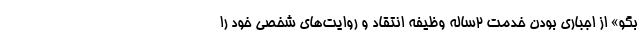
بگو» از اجباری بودن خدمت ۲ساله وظیفه انتقاد و روایت‌های شخصی خود را